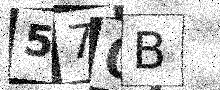
Text: 570B